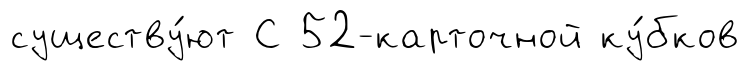
существу́ют С 52-карточной ку́бков